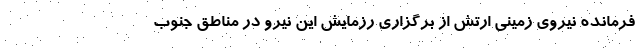
فرمانده نیروی زمینی ارتش از برگزاری رزمایش این نیرو در مناطق جنوب